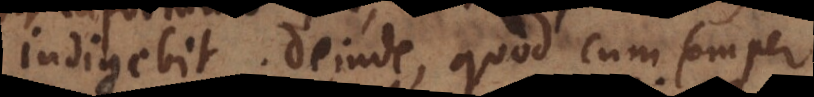
indigebit. Deinde quod cum semper